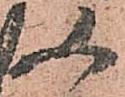
又